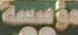
مؤسسة